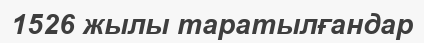
1526 жылы таратылғандар